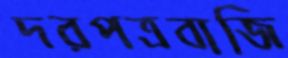
দরপত্রবাজি